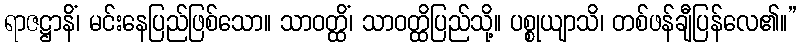
ရာဇဋ္ဌာနိံ၊ မင်းနေပြည်ဖြစ်သော။ သာဝတ္ထိံ၊ သာဝတ္ထိပြည်သို့။ ပစ္စုယျာသိ၊ တစ်ဖန်ချီပြန်လေ၏။”